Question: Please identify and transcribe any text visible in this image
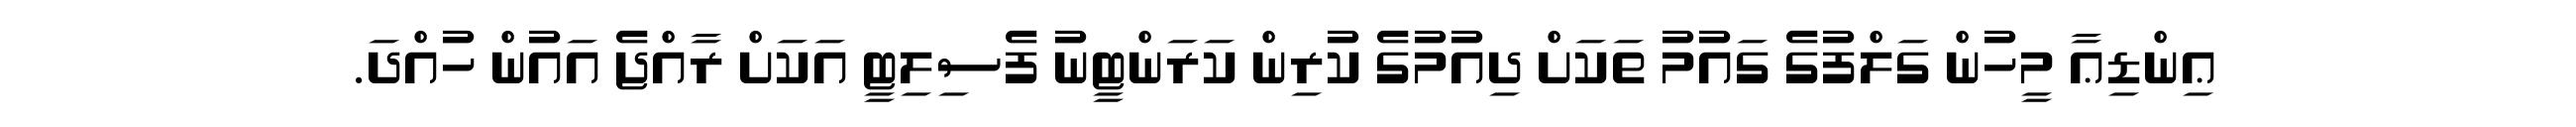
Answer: ޢިންޑިޢާ މީހުން ގަލްފުގެ ގައުމު ތަކަށް ދިއުމުގެ ކުރިން ކަރަންޓީނު ފެސިލިޓީ އަކަށް ރާއްޖެ އައުން ހުއްދަ.